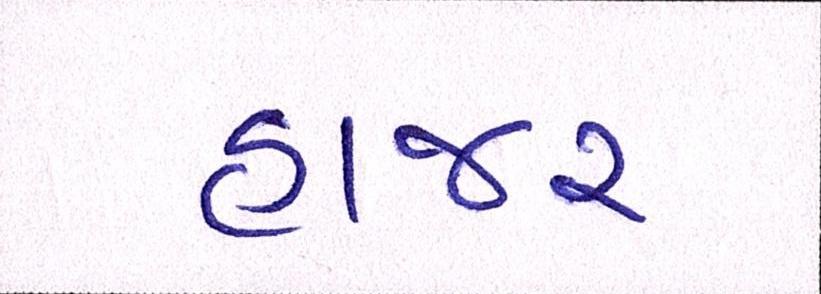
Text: હાજર